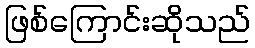
ဖြစ်ကြောင်းဆိုသည်